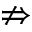
\nRightarrow